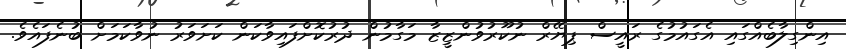
އިންގިލާބެއްގައި އެގައުމުގެ ރައީސް ޕިޔޭރް ނުކޫރުވުންޒީޒާ މަގާމުން ދުރުކޮށްފައިވާކަން ކަށަވަރު ނުވާކަމަށް ބުނެފައެވެ.